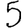
Digit: 5